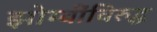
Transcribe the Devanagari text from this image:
झोम्बींविरुद्ध